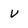
Character: v